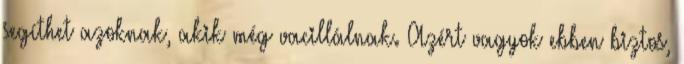
segíthet azoknak, akik még vacillálnak. Azért vagyok ebben biztos,